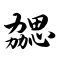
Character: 勰